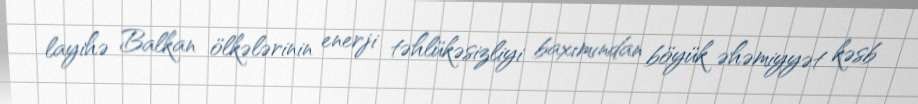
layihə Balkan ölkələrinin enerji təhlükəsizliyi baxımından böyük əhəmiyyət kəsb